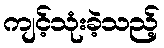
ကျင့်သုံးခဲ့သည့်